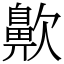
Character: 𪖗